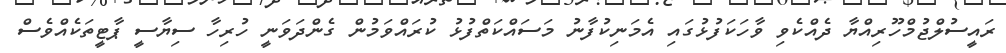
ރައީސުލްޖުމްހޫރިއްޔާ ދެއްކެވި ވާހަކަފުޅުގައި އެމަނިކުފާނު މަސައްކަތްފުޅު ކުރައްވަމުން ގެންދަވަނީ ހުރިހާ ސިޔާސީ ޕާޓީތަކެއްވެސް